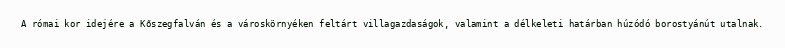
A római kor idejére a Kőszegfalván és a városkörnyéken feltárt villagazdaságok, valamint a délkeleti határban húzódó borostyánút utalnak.